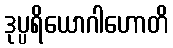
ဒုပ္ပရိယောဂါဟောတိ